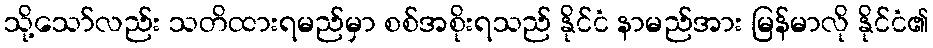
သို့သော်လည်း သတိထားရမည်မှာ စစ်အစိုးရသည် နိုင်ငံ နာမည်အား မြန်မာလို နိုင်ငံ၏